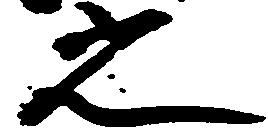
之